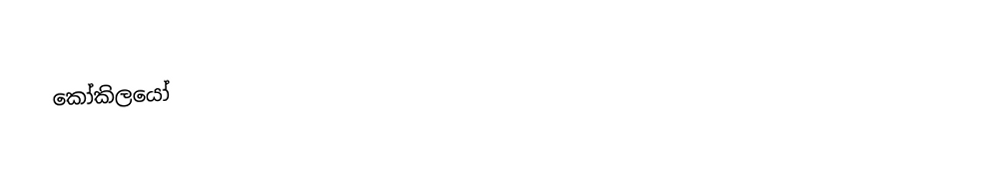
කෝකිලයෝ